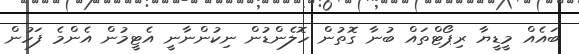
ބައެއް މީޑީޔާ ރިޕޯޓްތައް ބުނާ ގޮތުން ހޮލެންޑުން ނިކުންނާނީ އެޓީމުން އެންމެ ފަހުން